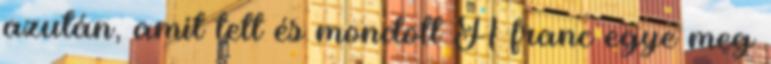
azután, amit tett és mondott A franc egye meg